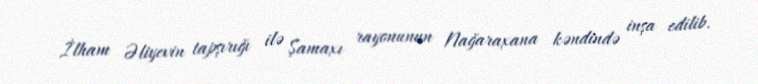
İlham Əliyevin tapşırığı ilə Şamaxı rayonunun Nağaraxana kəndində inşa edilib.